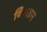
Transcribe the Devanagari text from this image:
विघतन